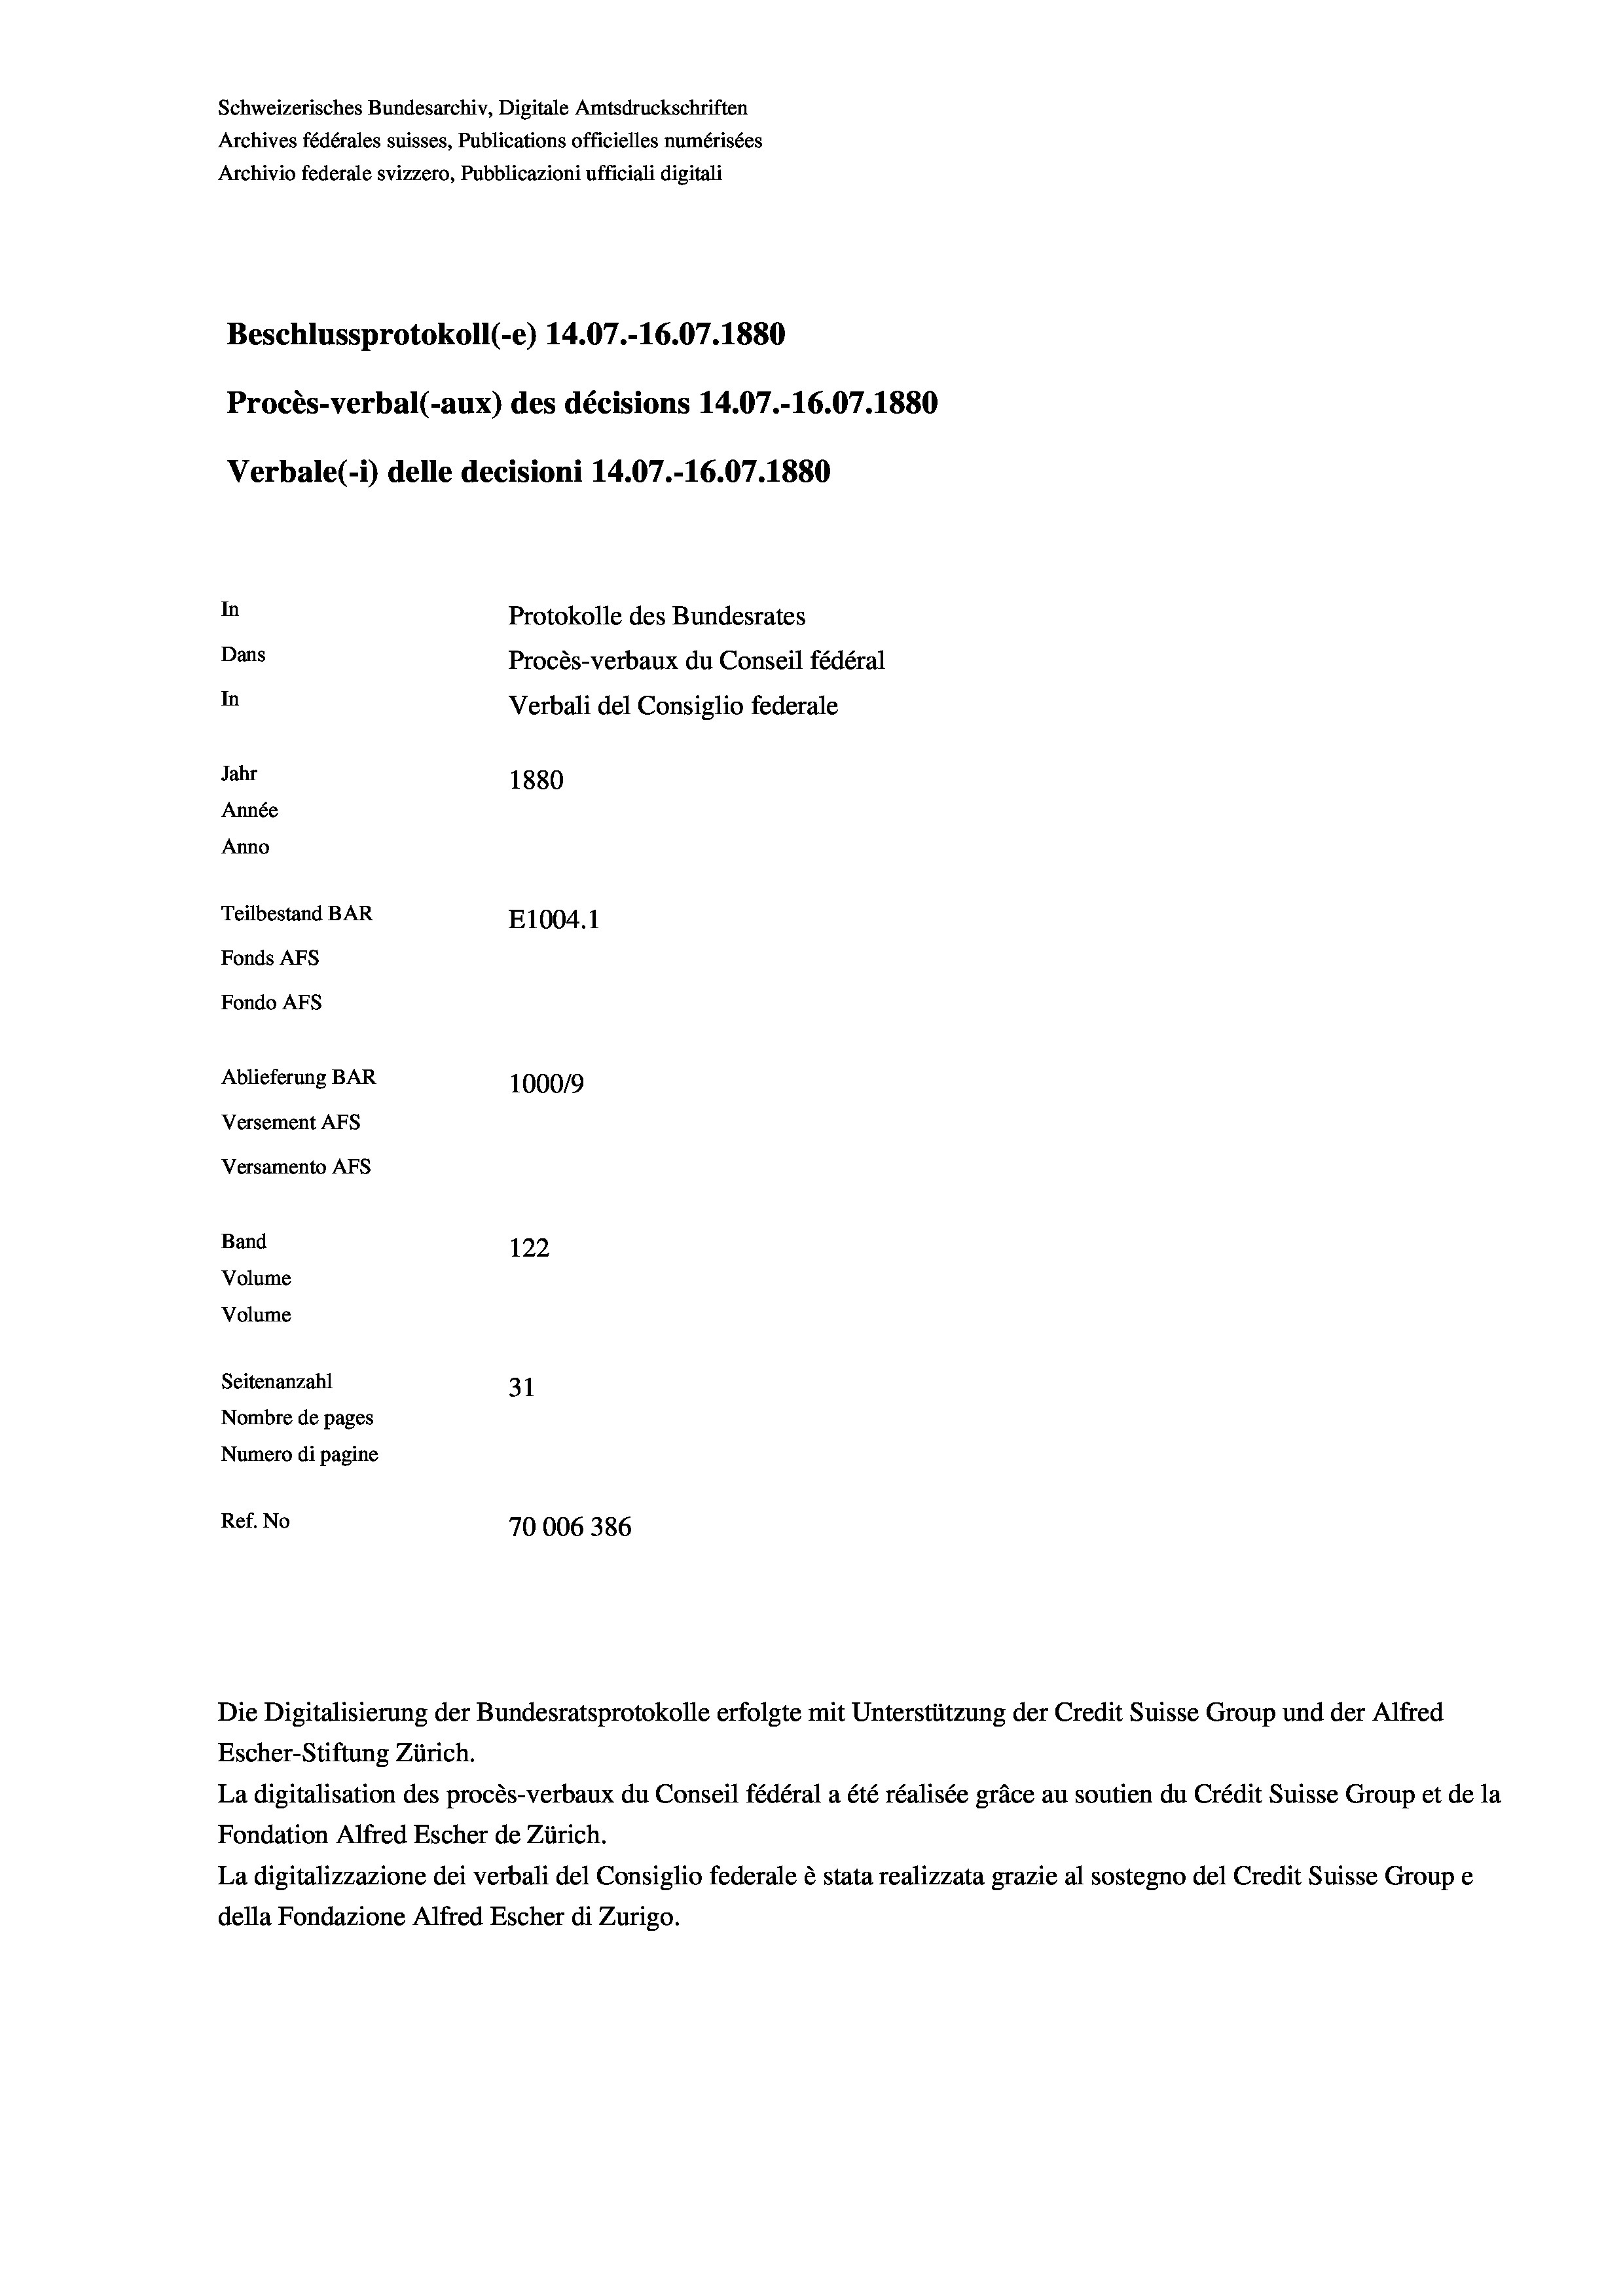
Schweizerisches Bundesarchiv, Digitale Amtsdruckschriften
Archives fédérales suisses, Publications officielles numérisées
Archivio federale svizzero, Pubblicazioni ufficiali digitali
Beschlussprotokoll (e) 14.07.-16.07. 1880
Procès-verbal (-aux) des décisions 14.07.-16.07.1880
Verbale(*) delle decisioni 14.07.-16.07. 1880
In
Protokolle des Bundesrates
Dans
Procès-verbaux du Conseil fédéral
In
Verbali del Consiglio federale
Jahr
1880
Année
Anno
Teilbestand BAR
E1004.1
Fonds AFs
Fondo AFs
Ablieferung BAR
100019
Versement AFs
Versamento AFS
Band
122
Volume
Volume
Seitenanzahl
31
Nombre de pages
Numero di pagine
Ref. No
70006386

Die Digitalisierung der Bundesratsprotokolle erfolgte mit Unterstützung der Credit Suisse Group und der Alfred
Escher-Stiftung Zürich.
La digitalisation des procès-verbaux du Conseil fédéral a été réalisée gräce au soutien du Crédit Suisse Group et de la
Fondation Alfred Escher de Zürich.
La digitalizzazione dei verbali del Consiglio federale è stata realizzata grazie al sostegno del Credit Suisse Groupe
della Fondazione Alfred Escher di Zurigo.